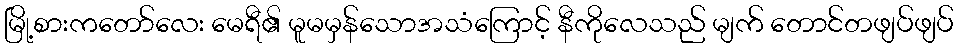
မြို့စားကတော်လေး မေရီ၏ မူမမှန်သောအသံကြောင့် နီကိုလေသည် မျက် တောင်တဖျပ်ဖျပ်